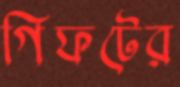
গিফটের